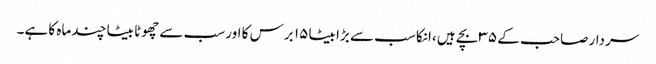
سردار صاحب کے ۳۵ بچے ہیں ،انکا سب سے بڑا بیٹا ۱۵ برس کا اور سب سے چھوٹا بیٹا چند ماہ کا ہے۔